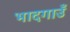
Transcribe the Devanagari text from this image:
भादगाउँ